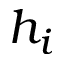
h _ { i }